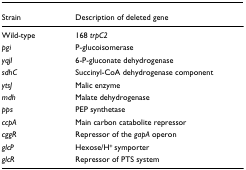
<table><thead><tr><td><b>Strain</b></td><td><b>Description of deleted gene</b></td></tr></thead><tbody><tr><td>Wild-type</td><td>168 <i>trpC2</i></td></tr><tr><td><i>pgi</i></td><td>P-glucoisomerase</td></tr><tr><td><i>yqjI</i></td><td>6-P-gluconate dehydrogenase</td></tr><tr><td><i>sdhC</i></td><td>Succinyl-CoA dehydrogenase component</td></tr><tr><td><i>ytsJ</i></td><td>Malic enzyme</td></tr><tr><td><i>mdh</i></td><td>Malate dehydrogenase</td></tr><tr><td><i>pps</i></td><td>PEP synthetase</td></tr><tr><td><i>ccpA</i></td><td>Main carbon catabolite repressor</td></tr><tr><td><i>cggR</i></td><td>Repressor of the <i>gapA </i>operon</td></tr><tr><td><i>glcP</i></td><td>Hexose/H<sup>+ </sup>symporter</td></tr><tr><td><i>glcR</i></td><td>Repressor of PTS system</td></tr></tbody></table>